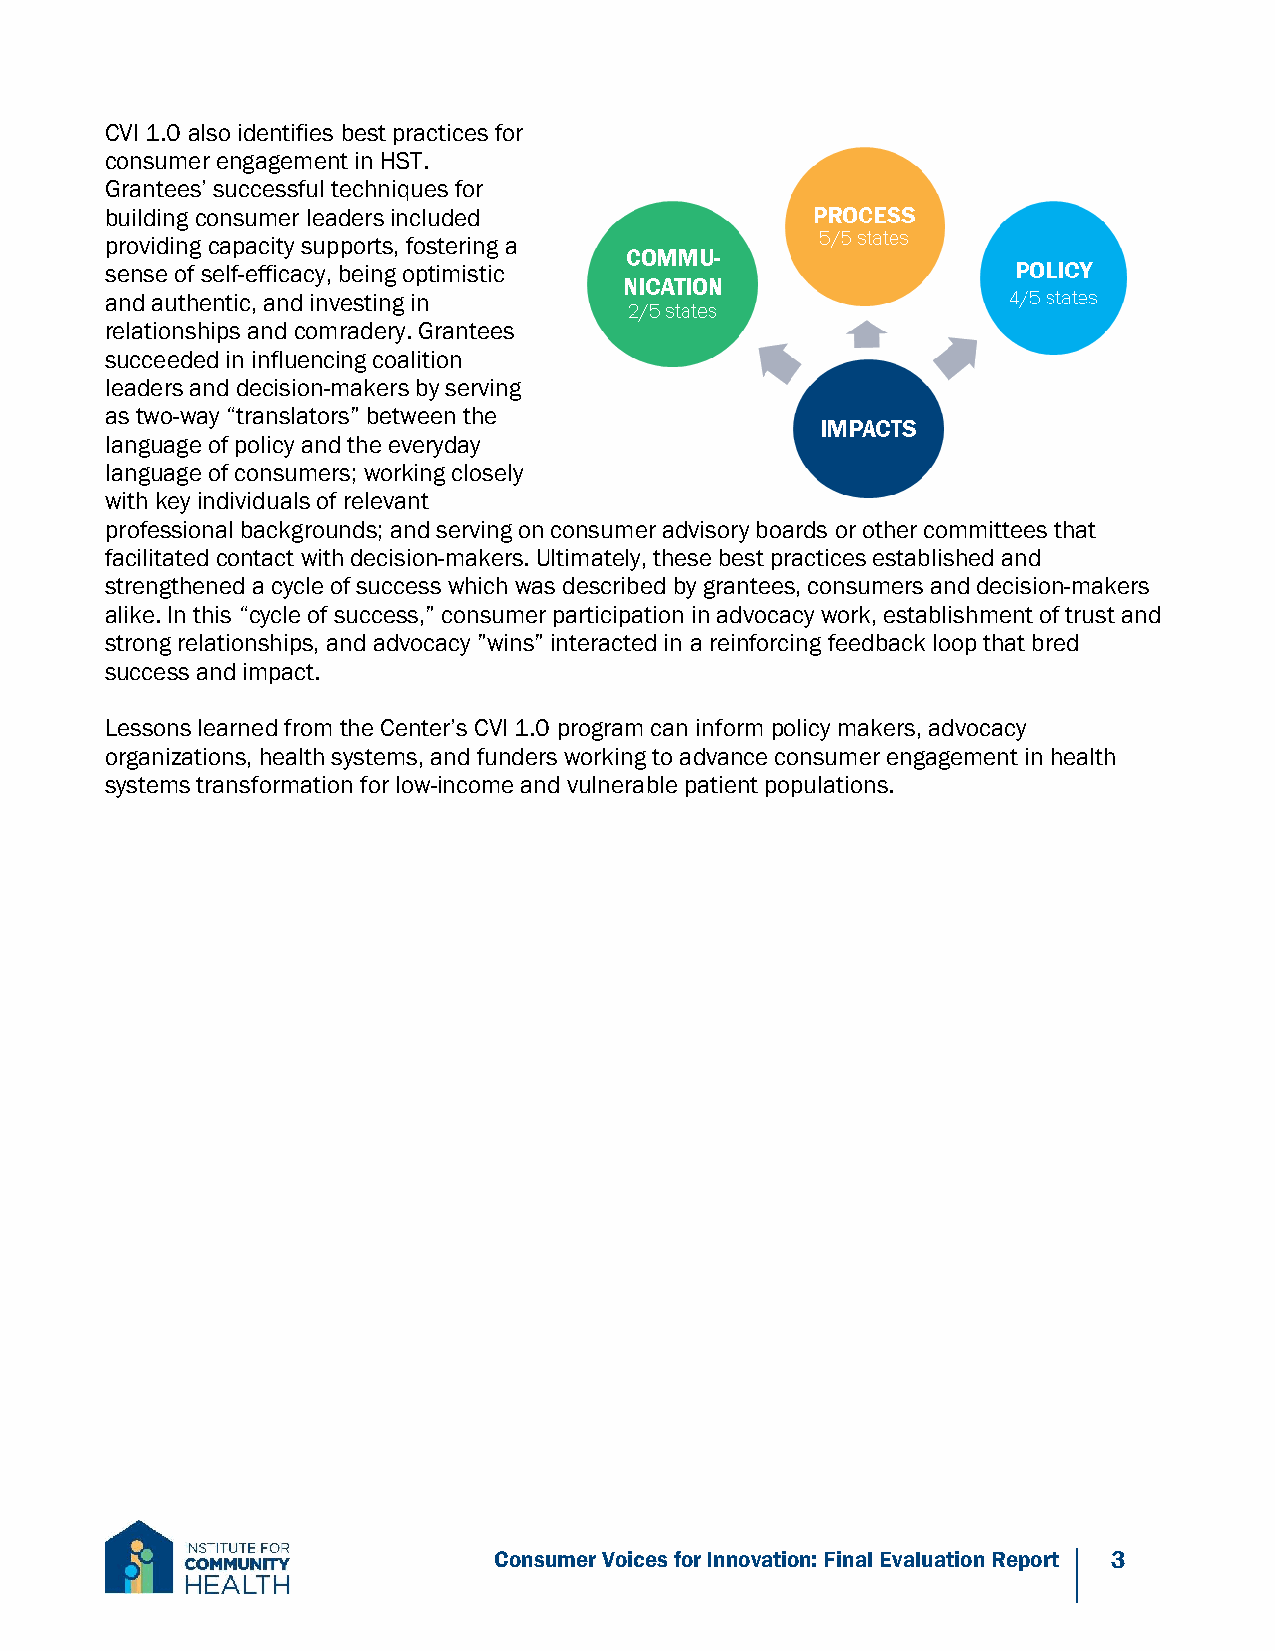
CVI 1.0 also identifies best practices for
 consumer engagement in HST.
 Grantees’ successful techniques for
 building consumer leaders included
 providing capacity supports, fostering a
 sense of self-efficacy, being optimistic
 and authentic, and investing in
 relationships and comradery. Grantees
 succeeded in influencing coalition
 leaders and decision-makers by serving
 as two-way “translators” between the
 language of policy and the everyday
 language of consumers; working closely
 with key individuals of relevant
 professional backgrounds; and serving on consumer advisory boards or other committees that
 facilitated contact with decision-makers. Ultimately, these best practices established and
 strengthened a cycle of success which was described by grantees, consumers and decision-makers
 alike. In this “cycle of success,” consumer participation in advocacy work, establishment of trust and
 strong relationships, and advocacy ”wins” interacted in a reinforcing feedback loop that bred
 success and impact.
 Lessons learned from the Center’s CVI 1.0 program can inform policy makers, advocacy
 organizations, health systems, and funders working to advance consumer engagement in health
 systems transformation for low-income and vulnerable patient populations.
 Consumer Voices for Innovation: Final Evaluation Report 3